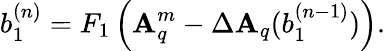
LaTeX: b_{1}^{(n)}=F_{1}\left(\mathbf{A}_{q}^{m}-\Delta\mathbf{A}_{q}(b_{1}^{(n-1)})\right).